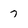
Character: 7